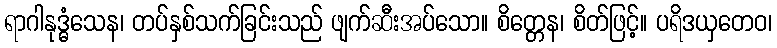
ရာဂါနုဒ္ဓံသေန၊ တပ်နှစ်သက်ခြင်းသည် ဖျက်ဆီးအပ်သော။ စိတ္တေန၊ စိတ်ဖြင့်။ ပရိဒယှတေဝ၊